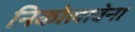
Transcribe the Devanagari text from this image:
निकोलावेना